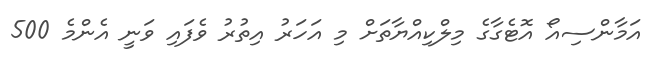
އަމާންސިއޯ އޮޓެގާގެ މިލްކިއްޔާތަށް މި އަހަރު އިތުރު ވެފައި ވަނީ އެންމެ 500